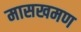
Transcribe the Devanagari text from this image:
मासखमण